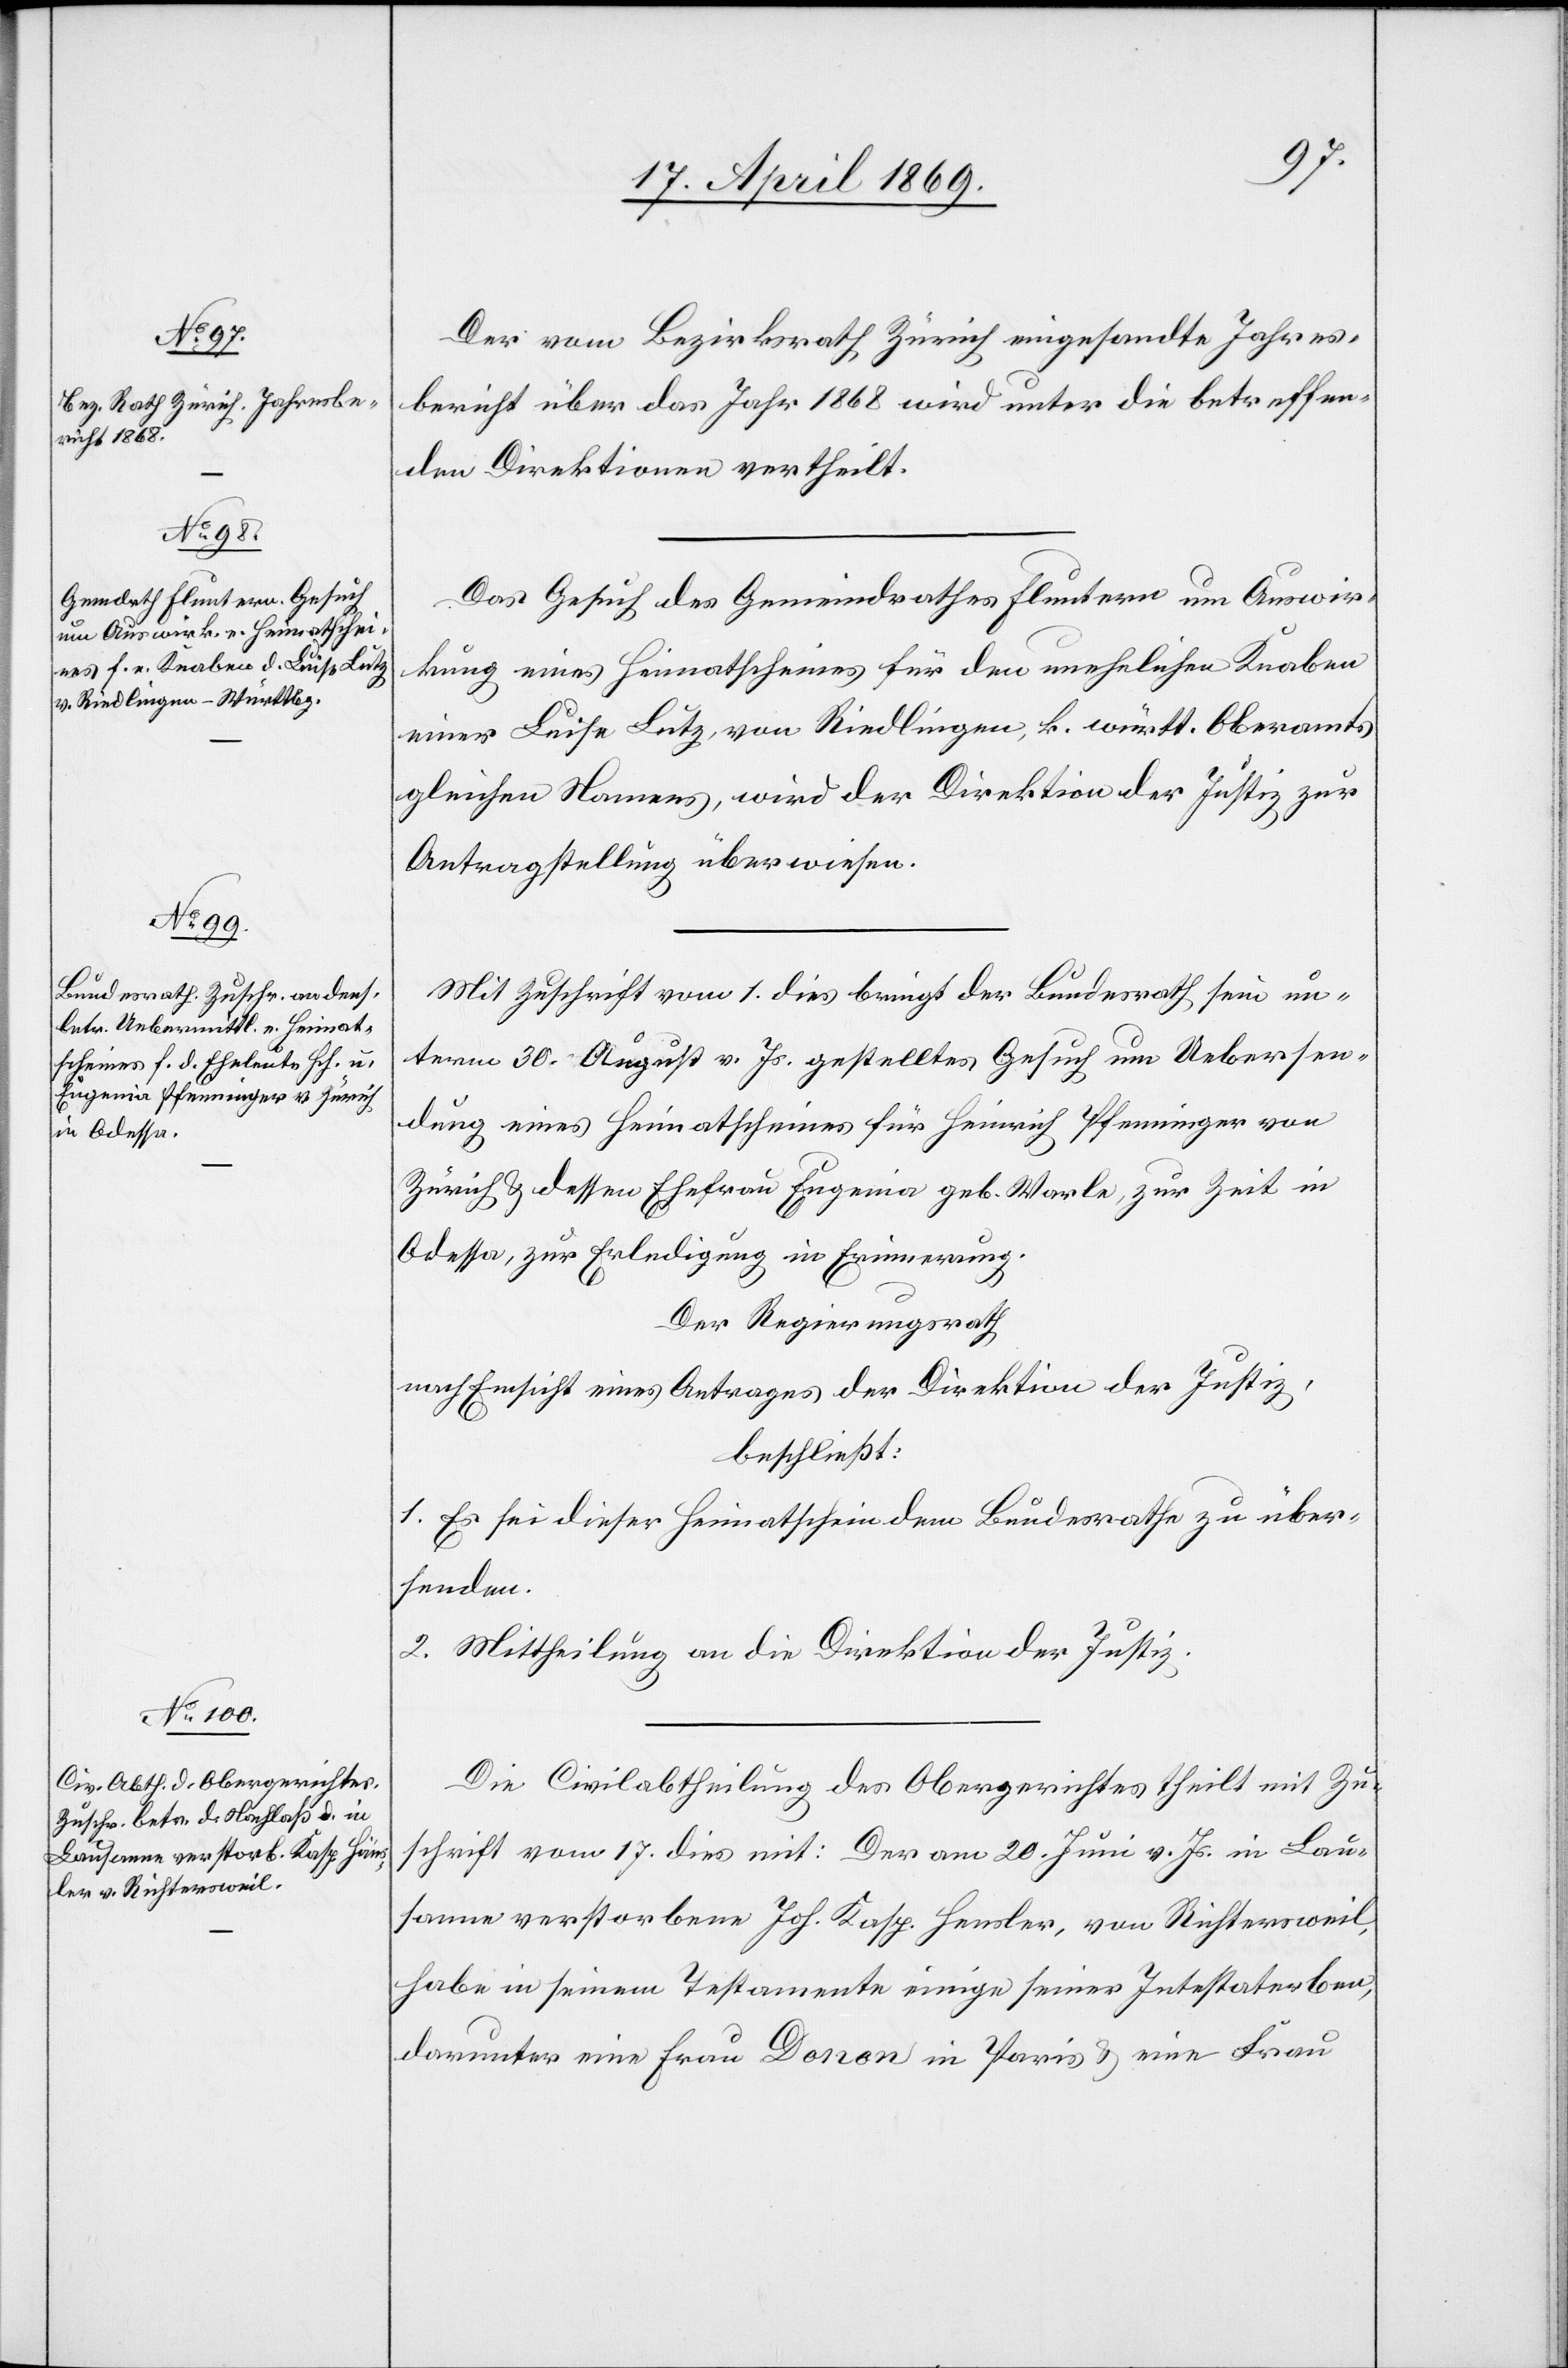
20. April 1869.]
Der vom Bezirksrath Zürich eingesandte Jahres¬
bericht über das Jahr 1868 wird unter die betreffen¬
den Direktionen vertheilt.
Das Gesuch des Gemeindrathes Fluntern um Auswir¬
kung eines Heimatscheines für den unehelichen Knaben
einer Luise Lutz, von Riedlingen, k. württ. Oberamts
gleichen Namens, wird der Direktion der Justiz zur
Antragstellung überwiesen.
Mit Zuschrift vom 1. dies bringt der Bundesrath sein un¬
term 30. August v. Js. gestelltes Gesuch um Uebersen¬
dung eines Heimatscheines für Heinrich Pfenninger von
Zürich u. dessen Ehefrau Eugenia geb. Warle, zur Zeit in
Odessa, zur Erledigung in Erinnerung.
Der Regierungsrath,
nach Einsicht eines Antrages der Direktion der Justiz,
beschließt:
1. Es sei dieser Heimatschein dem Bundesrathe zu über¬
senden.
2. Mittheilung an die Direktion der Justiz.
Die Civilabtheilung des Obergerichtes theilt mit Zu¬
schrift vom 17. dies mit: Der am 20. Juni v. Js. in Lau¬
sanne verstorbene Joh. Kasp. Heusler, von Richtersweil,
habe in seinem Testamente einige seiner Intestaterben,
darunter eine Frau Doron in Paris u. eine Frau